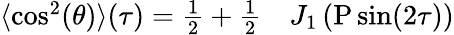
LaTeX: \begin{array}{rl}{\langle\cos^{2}(\theta)\rangle(\tau)=\frac{1}{2}+\frac{1}{2}}&{{}J_{1}\left(\mathrm{P}\sin(2\tau)\right)}\end{array}